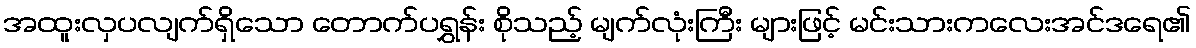
အထူးလှပလျက်ရှိသော တောက်ပရွှန်း စိုသည့် မျက်လုံးကြီး များဖြင့် မင်းသားကလေးအင်ဒရေ၏